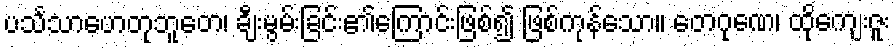
ပင်္သသာဟေတုဘူတေ၊ ချီးမွမ်းခြင်း၏ကြောင်းဖြစ်၍ ဖြစ်ကုန်သော။ တေဂုဏေ၊ ထိုကျေးဇူး